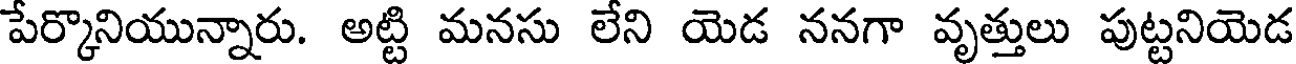
పేర్కొనియున్నారు. అట్టి మనసు లేని యెడ ననగా వృత్తులు పుట్టనియెడ